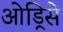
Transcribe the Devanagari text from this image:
ओड्रिसे